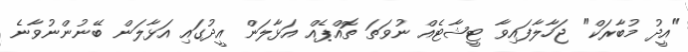
"އީދު މުބާރަކް" ޖަހާލާފައިވާ ޓީޝާޓެއް ނުވަތަ ތޮއްޕެއް އަޅާލަން އީދުގައި އަޅާލަން ބޭނުންނުވާނެ